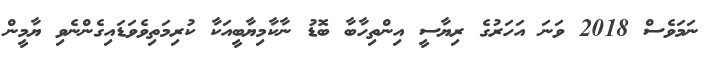
ނަމަވެސް 2018 ވަނަ އަހަރުގެ ރިޔާސީ އިންތިހާބާ ބޮޑު ނާކާމިޔާބީއަކާ ކުރިމަތިވެވަޑައިގެންނެވި ޔާމީން